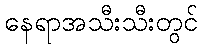
နေရာအသီးသီးတွင်